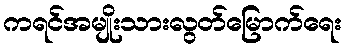
ကရင်အမျိုးသားလွတ်မြောက်ရေး